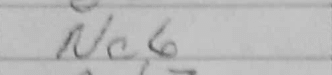
Transcription: Nc6